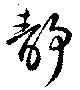
靜